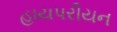
હાયપરીયન